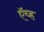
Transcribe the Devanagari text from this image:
ऍच्ह